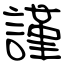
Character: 謹